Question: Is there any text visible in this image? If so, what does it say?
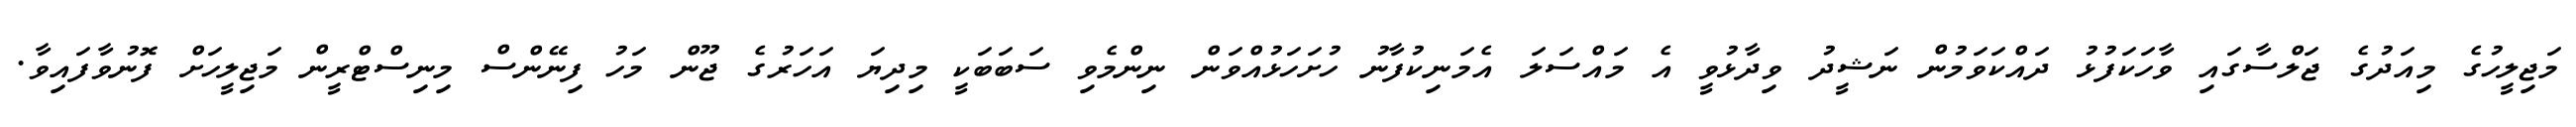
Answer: މަޖިލީހުގެ މިއަދުގެ ޖަލްސާގައި ވާހަކަފުޅު ދައްކަވަމުން ނަޝީދު ވިދާޅުވީ އެ މައްސަލަ އެމަނިކުފާނު ހުށަހަޅުއްވަން ނިންމެވި ސަބަބަކީ މިދިޔަ އަހަރުގެ ޖޫން މަހު ފިނޭންސް މިނިސްޓްރީން މަޖިލީހަށް ފޮނުވާފައިވާ.